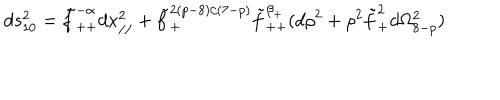
LaTeX: d s _ { 1 0 } ^ { 2 } = \tilde { f } _ { + + } ^ { - \alpha } d x _ { / / } ^ { 2 } + \tilde { f } _ { + } ^ { 2 ( p - 8 ) / ( 7 - p ) } \tilde { f } _ { + + } ^ { \beta _ { + } } ( d \rho ^ { 2 } + \rho ^ { 2 } \tilde { f } _ { + } ^ { 2 } d \Omega _ { 8 - p } ^ { 2 } )